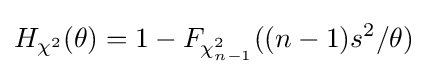
H_{\chi ^{2}}(\theta )=1-F_{\chi _{n-1}^{2}}((n-1)s^{2}/\theta )